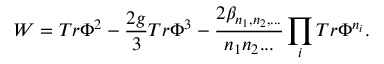
W = T r \Phi ^ { 2 } - \frac { 2 g } { 3 } T r \Phi ^ { 3 } - \frac { 2 \beta _ { n _ { 1 } , n _ { 2 } , . . . } } { n _ { 1 } n _ { 2 } . . . } \prod _ { i } T r \Phi ^ { n _ { i } } .